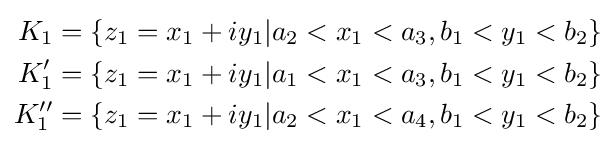
{\begin{aligned}K_{1}&=\{z_{1}=x_{1}+iy_{1}|a_{2}<x_{1}<a_{3},b_{1}<y_{1}<b_{2}\}\\K_{1}'&=\{z_{1}=x_{1}+iy_{1}|a_{1}<x_{1}<a_{3},b_{1}<y_{1}<b_{2}\}\\K_{1}''&=\{z_{1}=x_{1}+iy_{1}|a_{2}<x_{1}<a_{4},b_{1}<y_{1}<b_{2}\}\end{aligned}}